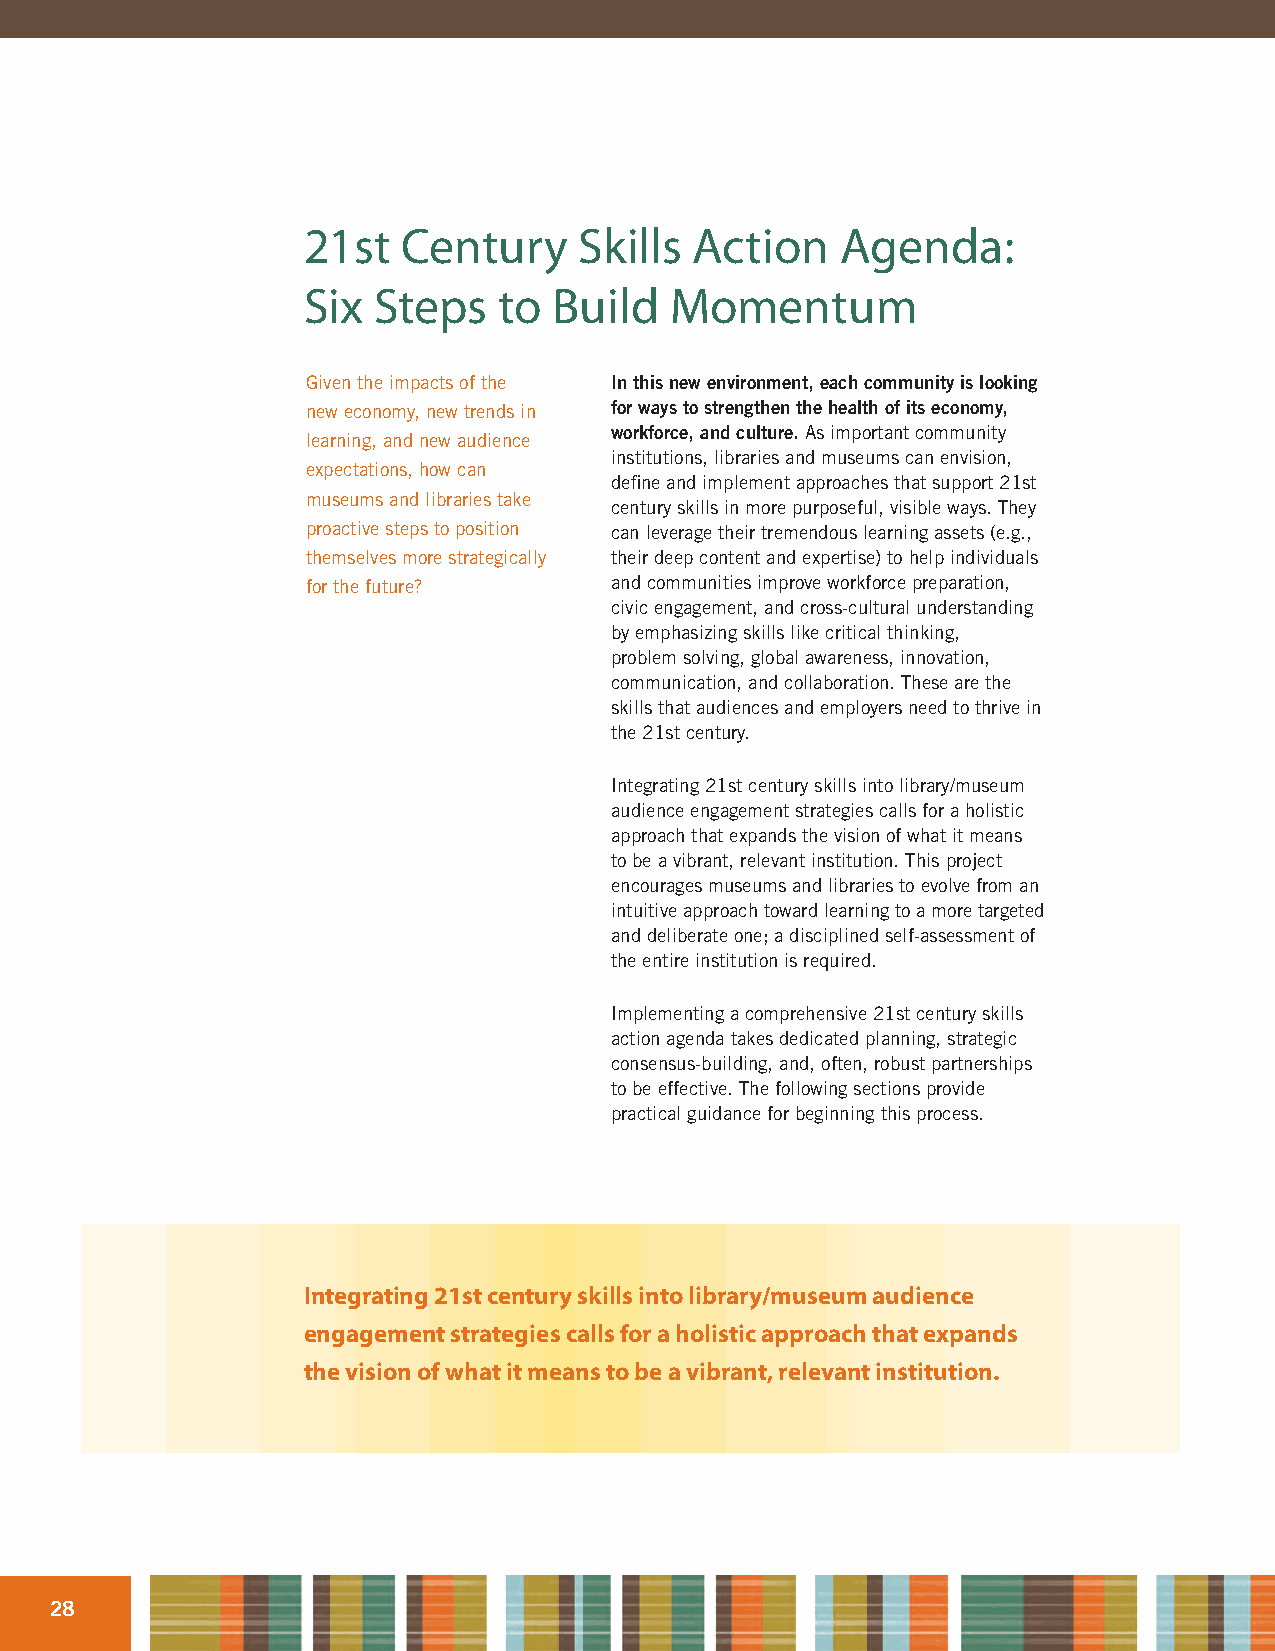
21st   Century    Skills  Action    Agenda:
 Six  Steps   to  Build  Momentum
 Given the impacts of the In this new environment, each community is looking
 new economy, new trends in for ways to strengthen the health of its economy,
 workforce, and culture. As important community
 learning, and new audience
 institutions, libraries and museums can envision,
 expectations, how can
 define and implement approaches that support 21st
 museums and libraries take
 century skills in more purposeful, visible ways. They
 proactive steps to position can leverage their tremendous learning assets (e.g.,
 themselves more strategically their deep content and expertise) to help individuals
 for the future?     and communities improve workforce preparation,
 civic engagement, and cross-cultural understanding
 by emphasizing skills like critical thinking,
 problem solving, global awareness, innovation,
 communication, and collaboration. These are the
 skills that audiences and employers need to thrive in
 the 21st century.
 Integrating 21st century skills into library/museum
 audience engagement strategies calls for a holistic
 approach that expands the vision of what it means
 to be a vibrant, relevant institution. This project
 encourages museums and libraries to evolve from an
 intuitive approach toward learning to a more targeted
 and deliberate one; a disciplined self-assessment of
 the entire institution is required.
 Implementing a comprehensive 21st century skills
 action agenda takes dedicated planning, strategic
 consensus-building, and, often, robust partnerships
 to be effective. The following sections provide
 practical guidance for beginning this process.
 Integrating 21st century skills into library/museum audience
 engagement strategies calls for a holistic approach that expands
 the vision of what it means to be a vibrant, relevant institution.
 28